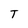
Character: T